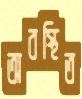
অবস্থিত